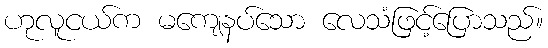
ဟုလူငယ်က မကျေနပ်သော လေသံဖြင့်ပြောသည်။